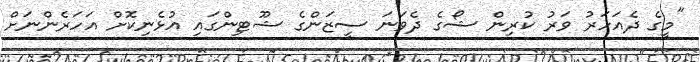
"މީގެ ދެއަހަރު ވަރު ކުރިން ޝޯގެ ދެވަނަ ސީޒަންގެ ޝޫޓިންގައި އުޅެނިކޮށް އަހަރެންނަށް